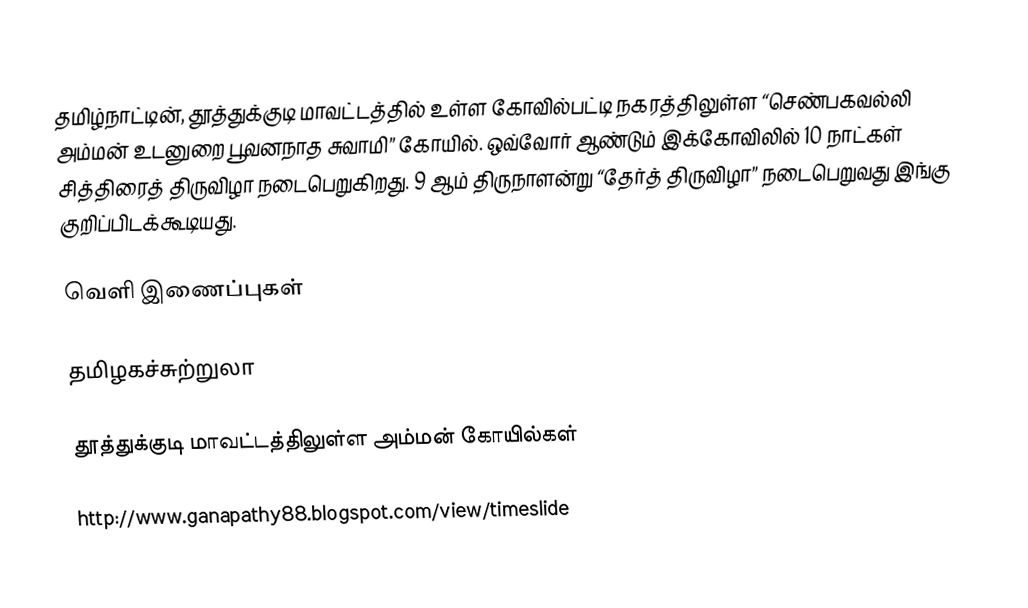
தமிழ்நாட்டின், தூத்துக்குடி மாவட்டத்தில் உள்ள கோவில்பட்டி நகரத்திலுள்ள “செண்பகவல்லி அம்மன் உடனுறை பூவனநாத சுவாமி” கோயில். ஒவ்வோர் ஆண்டும் இக்கோவிலில் 10 நாட்கள் சித்திரைத் திருவிழா நடைபெறுகிறது. 9 ஆம் திருநாளன்று “தேர்த் திருவிழா” நடைபெறுவது இங்கு குறிப்பிடக்கூடியது.

வெளி இணைப்புகள்

தமிழகச்சுற்றுலா

தூத்துக்குடி மாவட்டத்திலுள்ள அம்மன் கோயில்கள்

http://www.ganapathy88.blogspot.com/view/timeslide